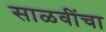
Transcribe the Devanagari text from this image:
साळवींचा